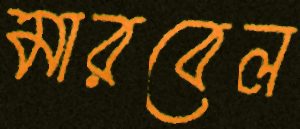
মারবেল